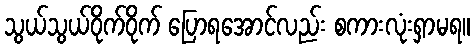
သွယ်သွယ်ဝိုက်ဝိုက် ပြောရအောင်လည်း စကားလုံးရှာမရ။